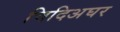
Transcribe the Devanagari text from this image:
चिदिअघर